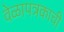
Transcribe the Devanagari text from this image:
वेळापत्रकाची